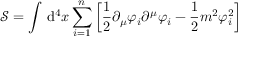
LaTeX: { \mathcal { S } } = \int \, \mathrm { d } ^ { 4 } x \sum _ { i = 1 } ^ { n } \left[ { \frac { 1 } { 2 } } \partial _ { \mu } \varphi _ { i } \partial ^ { \mu } \varphi _ { i } - { \frac { 1 } { 2 } } m ^ { 2 } \varphi _ { i } ^ { 2 } \right]